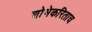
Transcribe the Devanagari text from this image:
शोभेकरिताच